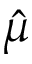
\hat { \mu }